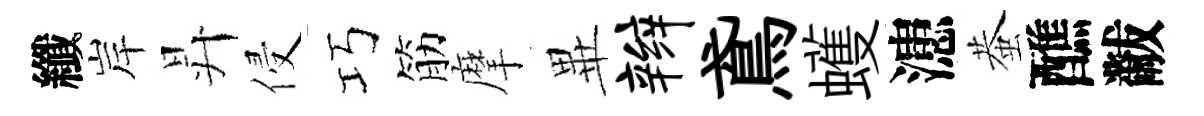
纖岸昇侵巧筋摩𭺾辫鳶蠖漶蛬醮黻